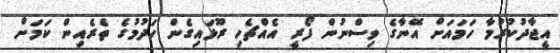
އީޖާދުކުރުމާ ހަމައަށް އޭނާގެ ވިސްނުން ފޯރީ އެއްޗެހި ރޫޅައިގެން ހަދުމުގެ ތެރެއިން ކަމަށް